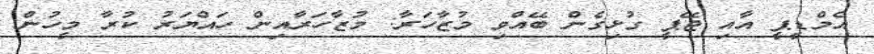
އެމްޑީޕީ އާއި ޖޭޕީ ގުޅިގެން ބޭއްވި މުޒާހަރާ: މުޒާހަރާއިން ހައްޔަރު ކުރާ މީހުން